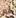
ثم